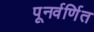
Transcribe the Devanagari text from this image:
पूनर्वर्णित